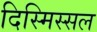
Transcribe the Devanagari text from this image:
दिस्मिस्सल